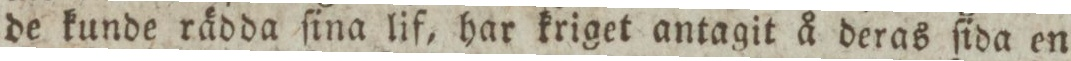
de kunde rädda ſina lif, har kriget antagit å deras ſida en